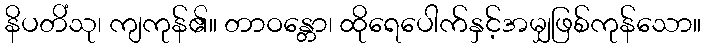
နိပတိံသု၊ ကျကုန်၏။ တာဝန္တော၊ ထိုရေပေါက်နှင့်အမျှဖြစ်ကုန်သော။